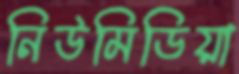
নিউমিডিয়া